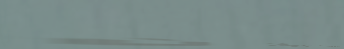
خدمات التنظيف المنزلية: ن